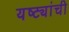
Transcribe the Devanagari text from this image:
यष्ट्यांची